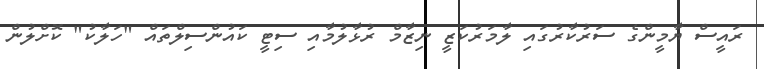
ރައީސް ޔާމީންގެ ސަރުކާރުގައި ލާމަރުކަޒީ ނިޒާމް ރުޅާލުމާއި ސިޓީ ކައުންސިލްތައް "ހަލާކު" ކޮށްލުން